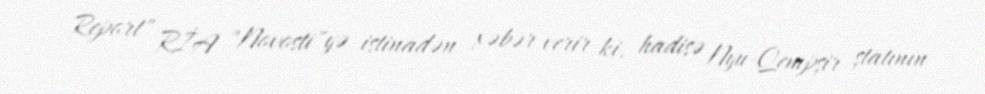
Report" RİA "Novosti"yə istinadən xəbər verir ki, hadisə Nyu-Qempşir ştatının